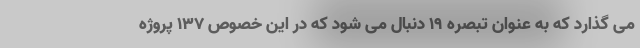
می گذارد که به عنوان تبصره ۱۹ دنبال می شود که در این خصوص ۱۳۷ پروژه